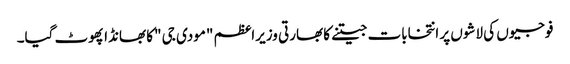
فوجیوں کی لاشوں پر انتخابات جیتنے کا بھارتی وزیراعظم "مودی جی "کا بھانڈا پھوٹ گیا۔